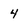
Character: 4